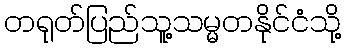
တရုတ်ပြည်သူ့သမ္မတနိုင်ငံသို့